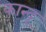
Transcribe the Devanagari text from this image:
कान्दू